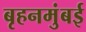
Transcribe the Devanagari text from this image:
बृहनमुंबई